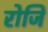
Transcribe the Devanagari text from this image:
रोजि